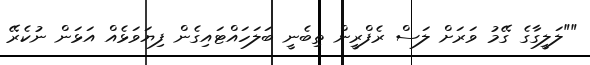
""ލަލީގާގެ ގޭމު ވަރަށް ލަސް ރެފްރީން ތިބެނީ ބަލަހައްޓައިގެން ފިޔަވަޅެއް އަޅަން ނުކެރޭ